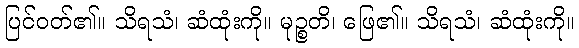
ပြင်ဝတ်၏။ သိရသံ၊ ဆံထုံးကို။ မုဉ္စတိ၊ ဖြေ၏။ သိရသံ၊ ဆံထုံးကို။